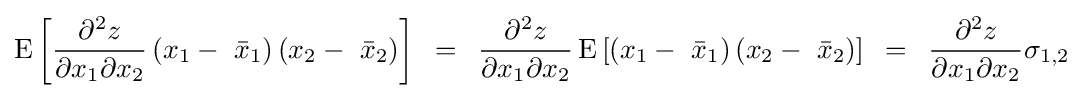
{\rm {E}}\left[{{{\partial ^{2}z} \over {\partial x_{1}\partial x_{2}}}\left({x_{1}-\,\,{\bar {x}}_{1}}\right)\left({x_{2}-\,\,{\bar {x}}_{2}}\right)}\right]\,\,\,=\,\,\,{{\partial ^{2}z} \over {\partial x_{1}\partial x_{2}}}\,{\rm {E}}\left[{\left({x_{1}-\,\,{\bar {x}}_{1}}\right)\left({x_{2}-\,\,{\bar {x}}_{2}}\right)}\right]\,\,\,=\,\,\,{{\partial ^{2}z} \over {\partial x_{1}\partial x_{2}}}\sigma _{1,2}